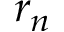
r _ { n }